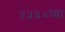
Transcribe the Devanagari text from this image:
१५३०च्या